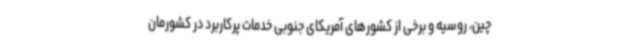
چین، روسیه و برخی از کشورهای آمریکای جنوبی خدمات پرکاربرد در کشورمان